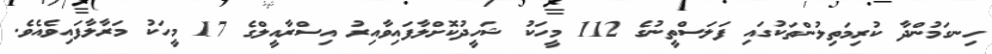
ހިނގަމުންދާ ކުރިމަތިލުންތަކުގައި ފަލަސްތީނުގެ 112 މީހަކު ޝަހީދުކޮށްލާފައިވާއިރު އިސްރާއީލްގެ 17 މީހަކު މަރާލާފައިވެއެވެ.